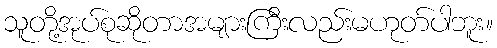
သူတို့အုပ်စုဆိုတာအများကြီးလည်းမဟုတ်ပါဘူး။